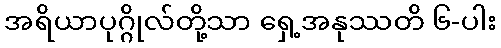
အရိယာပုဂ္ဂိုလ်တို့သာ ရှေ့အနုဿတိ ၆-ပါး